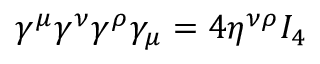
\gamma ^ { \mu } \gamma ^ { \nu } \gamma ^ { \rho } \gamma _ { \mu } = 4 \eta ^ { \nu \rho } I _ { 4 }